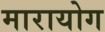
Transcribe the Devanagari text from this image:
मारायोग